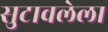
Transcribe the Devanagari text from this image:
सुटावलेला